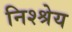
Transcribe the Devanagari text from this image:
निश्श्रेय